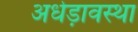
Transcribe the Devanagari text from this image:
अधेड़ावस्था